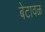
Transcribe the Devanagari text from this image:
बेटावळ